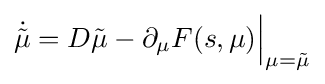
{\dot {\tilde {\mu }}}=D{\tilde {\mu }}-\partial _{\mu }F(s,\mu ){\Big |}_{\mu ={\tilde {\mu }}}